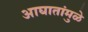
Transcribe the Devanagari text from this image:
आघातांमुळे